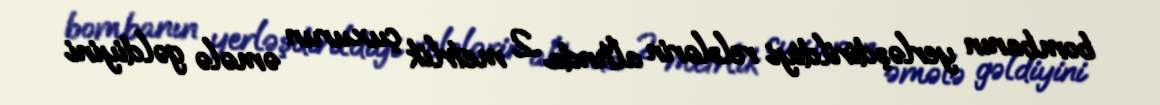
bombanın yerləşdirildiyi relslərin altında 2 metrlik çuxurun əmələ gəldiyini